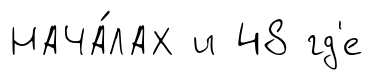
НАЧА́ЛАХ и 48 гд'е